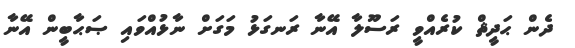
ދެން ޙަދީޘް ކުރެއްވީ ރަސޫލާ އޭނާ ރަނގަޅު މަގަށް ނާޅުއްވައި ޞަޙާބީން އޭނާ